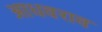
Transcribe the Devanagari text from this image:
आधवराव